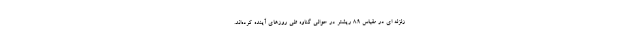
زلزله ای در مقیاس 8.9 ریشتر در حوالی گناوه طی روزهای آینده کرده‌اند.